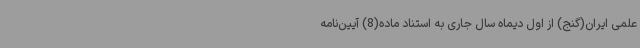
علمی ایران(گنج) از اول دیماه سال جاری به استناد ماده(8) آیین‌نامه